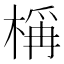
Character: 𬃣